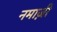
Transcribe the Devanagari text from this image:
नमाज़ी